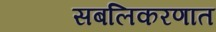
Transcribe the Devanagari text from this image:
सबलिकरणात